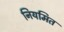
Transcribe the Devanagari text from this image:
नियमित